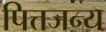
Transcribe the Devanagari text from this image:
पित्तजन्य